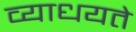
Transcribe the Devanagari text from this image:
व्याधयते